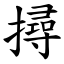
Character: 撏